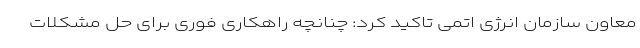
معاون سازمان انرژی اتمی تاکید کرد: چنانچه راهکاری فوری برای حل مشکلات